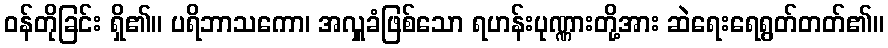
ဝန်တိုခြင်း ရှိ၏။ ပရိဘာသကော၊ အလှူခံဖြစ်သော ရဟန်းပုဏ္ဏားတို့အား ဆဲရေးရေရွတ်တတ်၏။